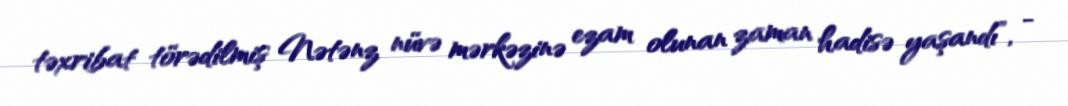
təxribat törədilmiş Nətənz nüvə mərkəzinə ezam olunan zaman hadisə yaşandı”, -